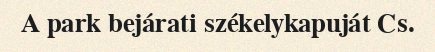
A park bejárati székelykapuját Cs.